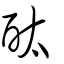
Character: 酞